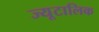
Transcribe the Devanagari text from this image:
ज्यूटालिक